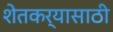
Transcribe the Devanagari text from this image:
शेतकर्यासाठी